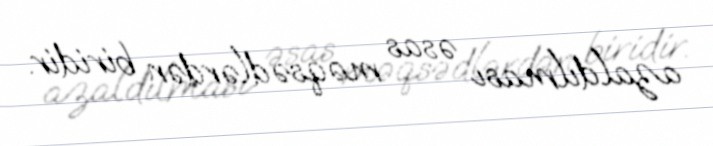
azaldılması əsas məqsədlərdən biridir.